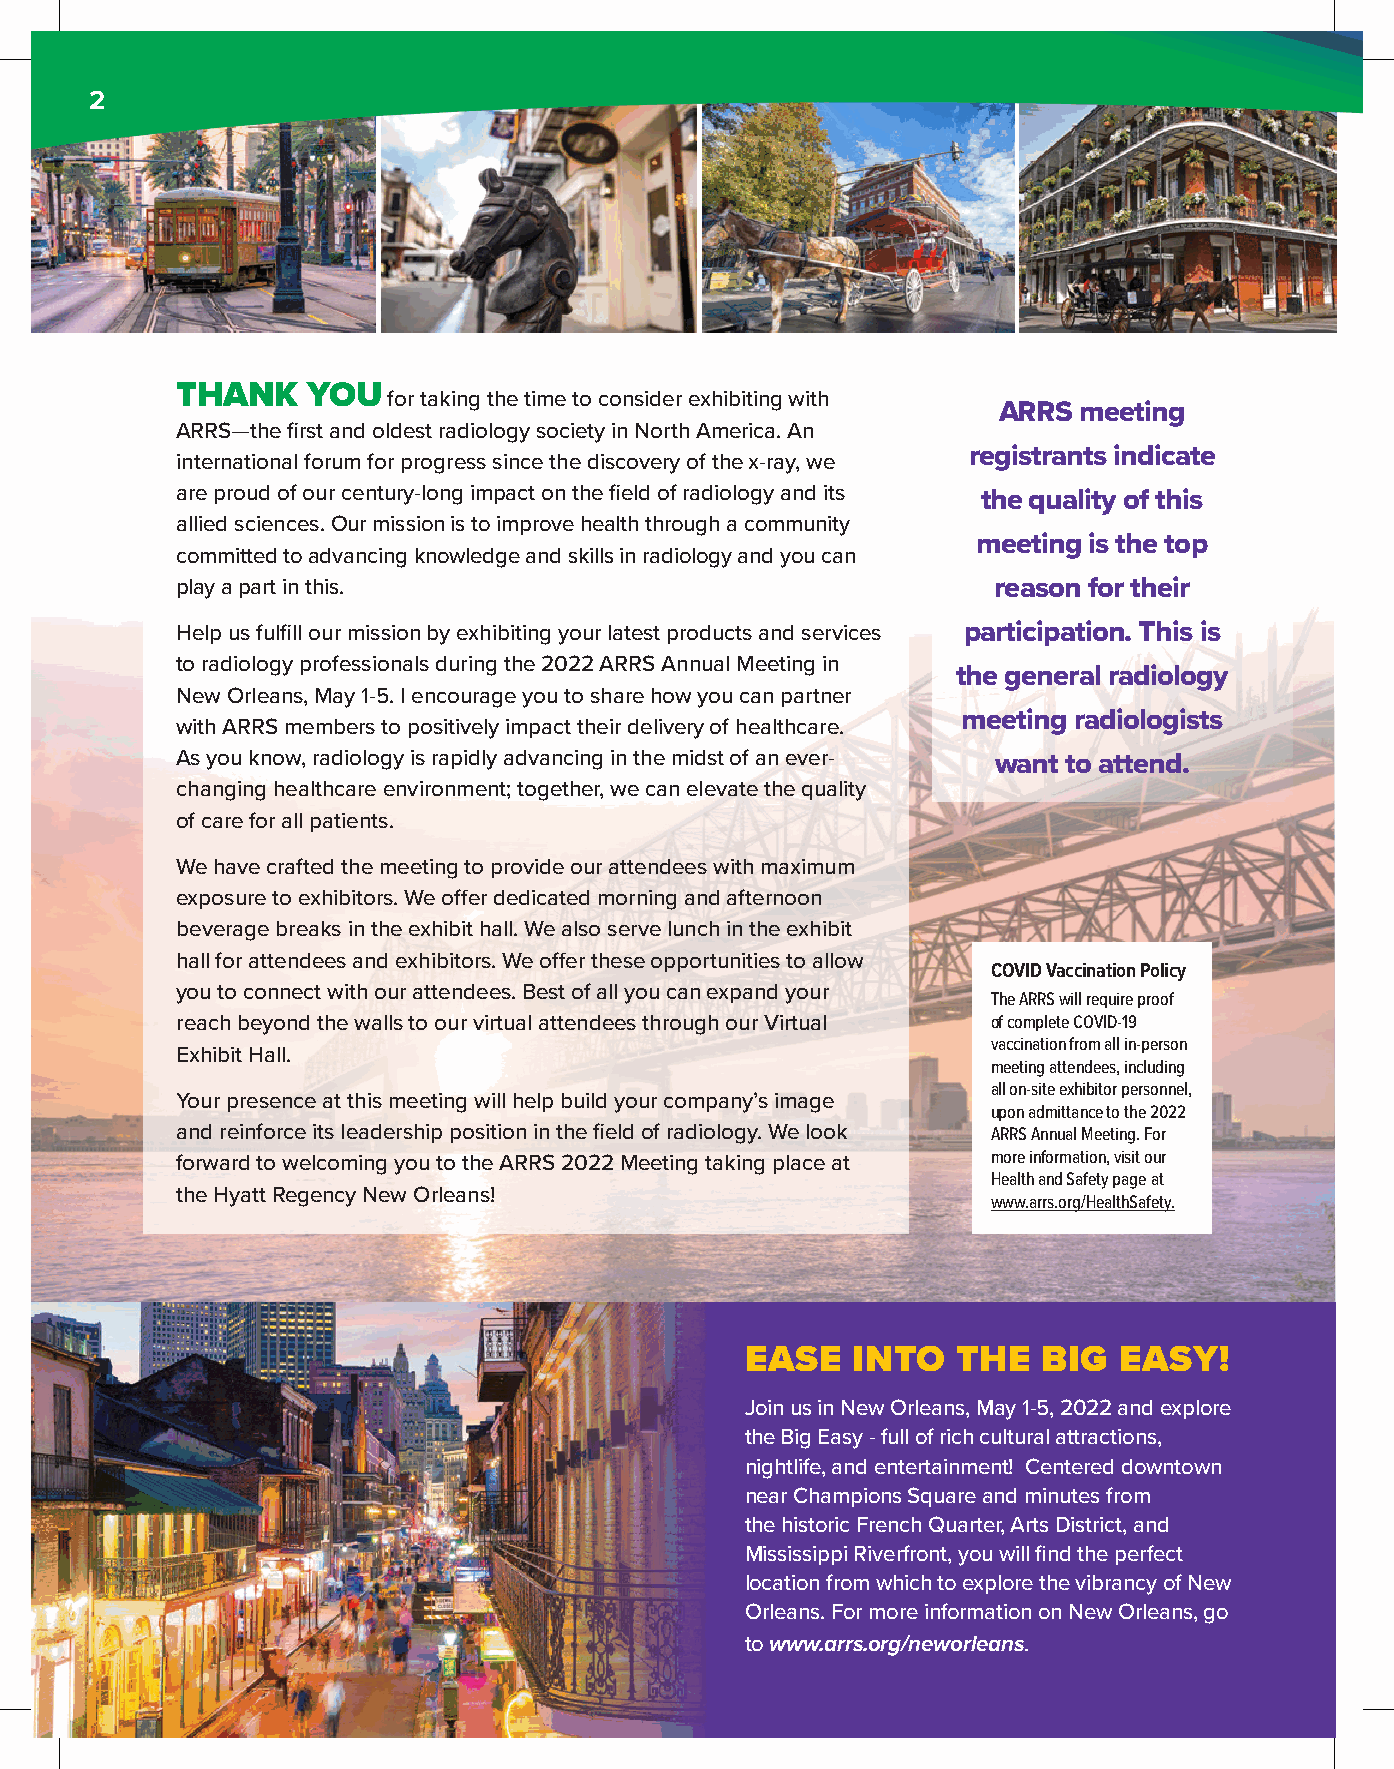
2
 THANK   YOU   for taking the time to consider exhibiting with
 ARRS meeting
 ARRS—the first and oldest radiology society in North America. An
 registrants indicate
 international forum for progress since the discovery of the x-ray, we
 are proud of our century-long impact on the field of radiology and its
 the quality of this
 allied sciences. Our mission is to improve health through a community
 meeting is the top
 committed to advancing knowledge and skills in radiology and you can
 play a part in this.                                  reason for their
 Help us fulfill our mission by exhibiting your latest products and services participation. This is
 to radiology professionals during the 2022 ARRS Annual Meeting in
 the general radiology
 New Orleans, May 1-5. I encourage you to share how you can partner
 meeting radiologists
 with ARRS members to positively impact their delivery of healthcare.
 As you know, radiology is rapidly advancing in the midst of an ever- want to attend.
 changing healthcare environment; together, we can elevate the quality
 of care for all patients.
 We have crafted the meeting to provide our attendees with maximum
 exposure to exhibitors. We offer dedicated morning and afternoon
 beverage breaks in the exhibit hall. We also serve lunch in the exhibit
 hall for attendees and exhibitors. We offer these opportunities to allow
 COVID Vaccination Policy
 you to connect with our attendees. Best of all you can expand your
 The ARRS will require proof
 reach beyond the walls to our virtual attendees through our Virtual of complete COVID-19
 vaccination from all in-person
 Exhibit Hall.
 meeting attendees, including
 all on-site exhibitor personnel,
 Your presence at this meeting will help build your company’s image
 upon admittance to the 2022
 and reinforce its leadership position in the field of radiology. We look ARRS Annual Meeting. For
 forward to welcoming you to the ARRS 2022 Meeting taking place at more information, visit our
 Health and Safety page at
 the Hyatt Regency New Orleans!
 www.arrs.org/HealthSafety.
 EASE   INTO   THE   BIG  EASY!
 Join us in New Orleans, May 1-5, 2022 and explore
 the Big Easy - full of rich cultural attractions,
 nightlife, and entertainment! Centered downtown
 near Champions Square and minutes from
 the historic French Quarter, Arts District, and
 Mississippi Riverfront, you will find the perfect
 location from which to explore the vibrancy of New
 Orleans. For more information on New Orleans, go
 to www.arrs.org/neworleans.